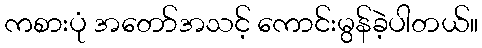
ကစားပုံ အတော်အသင့် ကောင်းမွန်ခဲ့ပါတယ်။